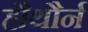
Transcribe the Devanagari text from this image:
हौथौर्न